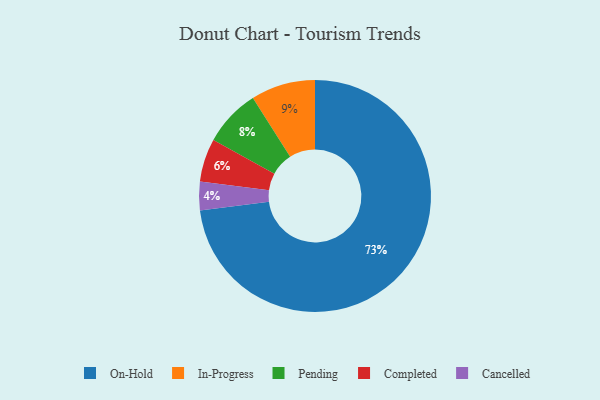
{"axis": {"x": "Category", "y": "Percentage"}, "legend": ["Cancelled", "Completed", "In-Progress", "On-Hold", "Pending"], "data": [{"x": "Pending", "y": 8, "type": "Pending"}, {"x": "In-Progress", "y": 9, "type": "In-Progress"}, {"x": "On-Hold", "y": 73, "type": "On-Hold"}, {"x": "Cancelled", "y": 4, "type": "Cancelled"}, {"x": "Completed", "y": 6, "type": "Completed"}]}